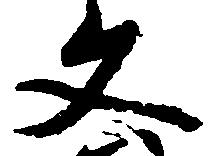
文